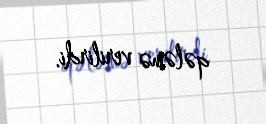
qələmə verilirdi.